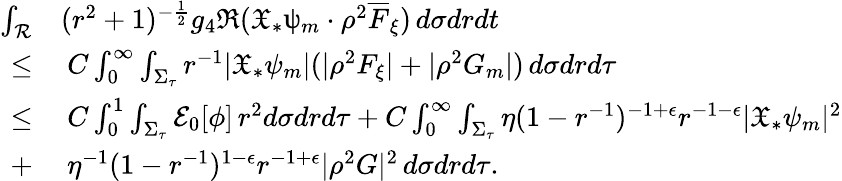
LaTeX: \begin{array}{rl}{\int_{\mathcal{R}}}&{(r^{2}+1)^{-\frac{1}{2}}g_{4}\Re({\mathfrak{X}}_{*}\uppsi_{m}\cdot\rho^{2}\overline{{F}}_{\xi})\, d\sigma drdt}\\ {\leq}&{\: C\int_{0}^{\infty}\int_{\Sigma_{\tau}}r^{-1}|{\mathfrak{X}}_{*}\psi_{m}|(|\rho^{2}F_{\xi}|+|\rho^{2}G_{m}|)\, d\sigma drd\tau}\\ {\leq}&{\: C\int_{0}^{1}\int_{\Sigma_{\tau}}\mathcal{E}_{0}[\phi]\, r^{2}d\sigma drd\tau+C\int_{0}^{\infty}\int_{\Sigma_{\tau}}\eta(1-r^{-1})^{-1+\epsilon}r^{-1-\epsilon}|{\mathfrak{X}}_{*}\psi_{m}|^{2}}\\ {+}&{\: \eta^{-1}(1-r^{-1})^{1-\epsilon}r^{-1+\epsilon}|\rho^{2}G|^{2}\, d\sigma drd\tau.}\end{array}